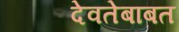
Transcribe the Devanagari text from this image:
देवतेबाबत